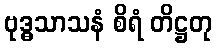
ဗုဒ္ဓသာသနံ စိရံ တိဋ္ဌတု